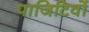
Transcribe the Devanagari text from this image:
पाजिटिवों